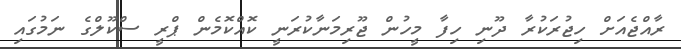
ރާއްޖެއަށް ހިޖުރަކުރާ ދޫނި ހިފާ މީހުން ޖޫރިމަނާކުރަނީ ކޮއްކޮމެން ޕްރީ ސްކޫލްގެ ނަމުގައި